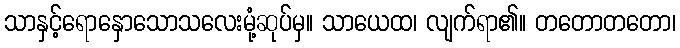
သာနှင့်ရောနှောသောသလေးမုံ့ဆုပ်မှ။ သာယေထ၊ လျက်ရာ၏။ တတောတတော၊